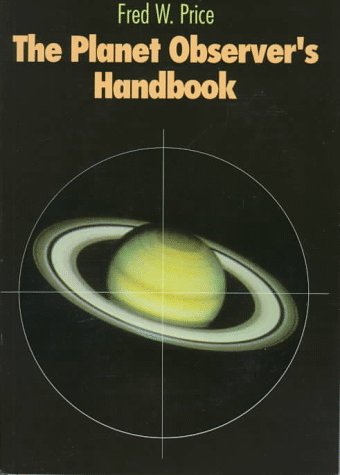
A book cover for The Planet Observer's Handbook; Fred William Price; Science & Math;